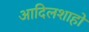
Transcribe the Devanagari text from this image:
आदिलशाहों